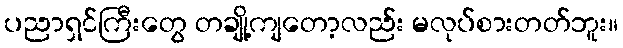
ပညာရှင်ကြီးတွေ တချို့ကျတော့လည်း မလုပ်စားတတ်ဘူး။